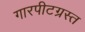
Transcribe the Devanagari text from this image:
गारपीटग्रस्त